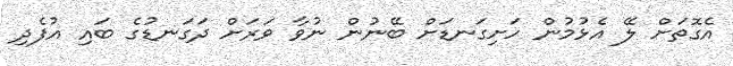
އެގޮތަށް ލޭ އެޅުމުން ހަށިގަނޑަށް ބޭނުން ނުވާ ވަރަށް ދަގަނޑުގެ ބައި އުފެދި